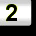
Digit: 2